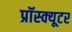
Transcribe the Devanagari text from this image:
प्रॉस्क्यूटर